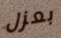
بعزل